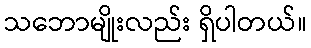
သဘောမျိုးလည်း ရှိပါတယ်။